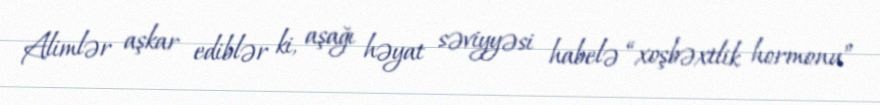
Alimlər aşkar ediblər ki, aşağı həyat səviyyəsi habelə “xoşbəxtlik hormonu”